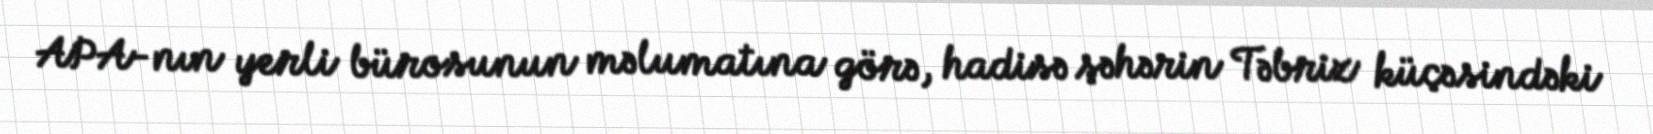
APA-nın yerli bürosunun məlumatına görə, hadisə şəhərin Təbriz küçəsindəki